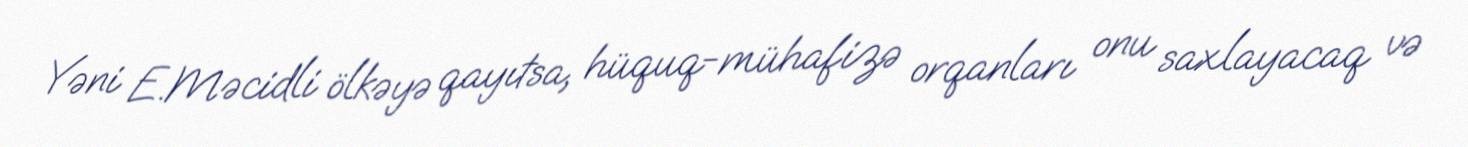
Yəni E.Məcidli ölkəyə qayıtsa, hüquq-mühafizə orqanları onu saxlayacaq və